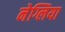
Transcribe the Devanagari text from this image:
नेग्लिया